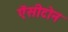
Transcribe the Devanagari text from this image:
ऐंसीटोन